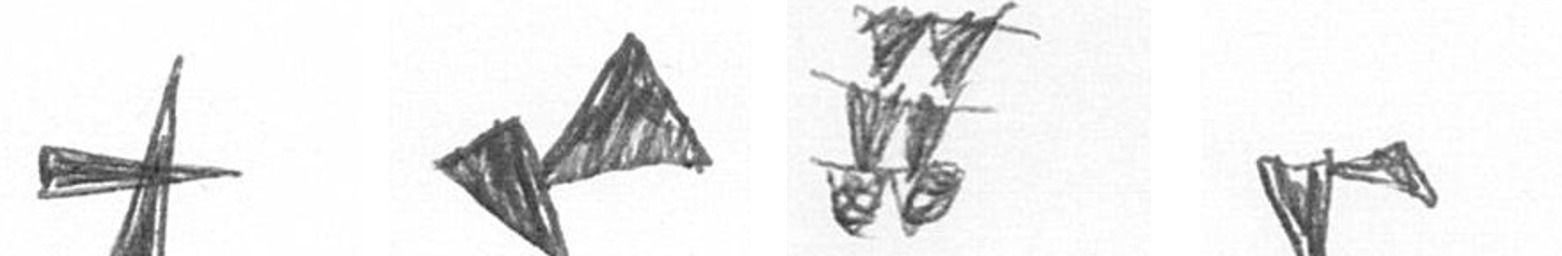
G F Y F